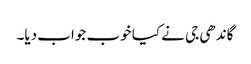
گاندھی جی نے کیا خوب جواب دیا۔